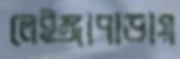
লেইঙ্গাপাড়ায়